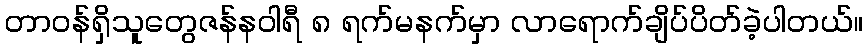
တာဝန်ရှိသူတွေဇန်နဝါရီ ၈ ရက်မနက်မှာ လာရောက်ချိပ်ပိတ်ခဲ့ပါတယ်။